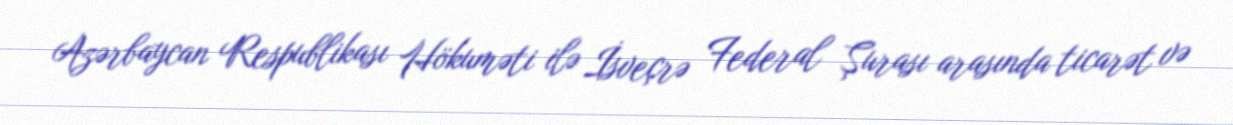
Azərbaycan Respublikası Hökuməti ilə İsveçrə Federal Şurası arasında ticarət və